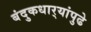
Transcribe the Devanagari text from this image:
बंदुकधार्‍यांपुढे